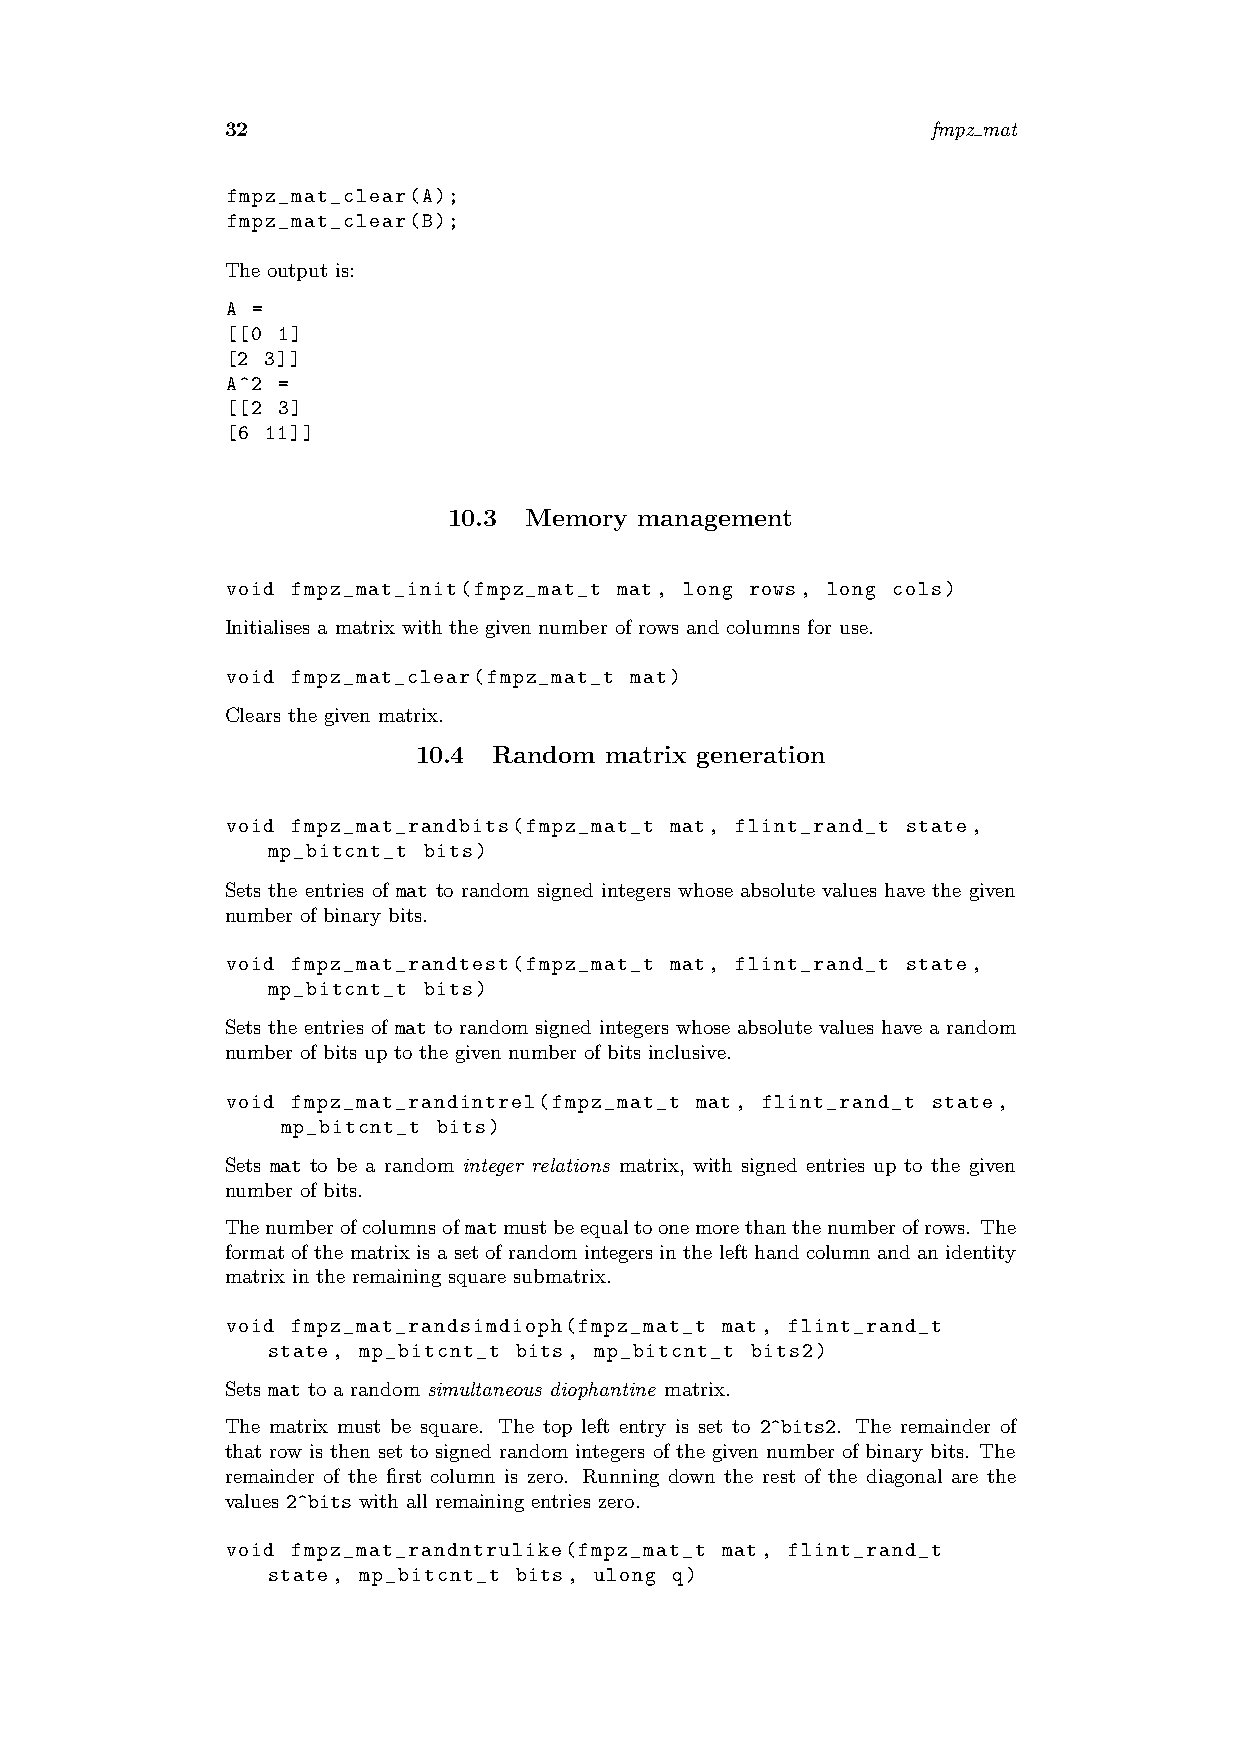
32                                             fmpz mat
 fmpz_mat_clear(A);
 fmpz_mat_clear(B);
 The output is:
 A =
 [[0 1]
 [2 3]]
 A^2 =
 [[2 3]
 [6 11]]
 10.3 Memory management
 void fmpz_mat_init(fmpz_mat_t mat, long rows, long cols)
 Initialises a matrix with the given number of rows and columns for use.
 void fmpz_mat_clear(fmpz_mat_t mat)
 Clears the given matrix.
 10.4  Random matrix generation
 void fmpz_mat_randbits(fmpz_mat_t mat, flint_rand_t state,
 mp_bitcnt_t bits)
 Sets the entries of mat to random signed integers whose absolute values have the given
 number of binary bits.
 void fmpz_mat_randtest(fmpz_mat_t mat, flint_rand_t state,
 mp_bitcnt_t bits)
 Sets the entries of mat to random signed integers whose absolute values have a random
 number of bits up to the given number of bits inclusive.
 void fmpz_mat_randintrel(fmpz_mat_t mat, flint_rand_t state,
 mp_bitcnt_t bits)
 Sets mat to be a random integer relations matrix, with signed entries up to the given
 number of bits.
 Thenumberofcolumnsofmatmustbeequaltoonemorethanthenumberofrows. The
 format of the matrix is a set of random integers in the left hand column and an identity
 matrix in the remaining square submatrix.
 void fmpz_mat_randsimdioph(fmpz_mat_t mat, flint_rand_t
 state, mp_bitcnt_t bits, mp_bitcnt_t bits2)
 Sets mat to a random simultaneous diophantine matrix.
 The matrix must be square. The top left entry is set to 2^bits2. The remainder of
 that row is then set to signed random integers of the given number of binary bits. The
 remainder of the first column is zero. Running down the rest of the diagonal are the
 values 2^bits with all remaining entries zero.
 void fmpz_mat_randntrulike(fmpz_mat_t mat, flint_rand_t
 state, mp_bitcnt_t bits, ulong q)